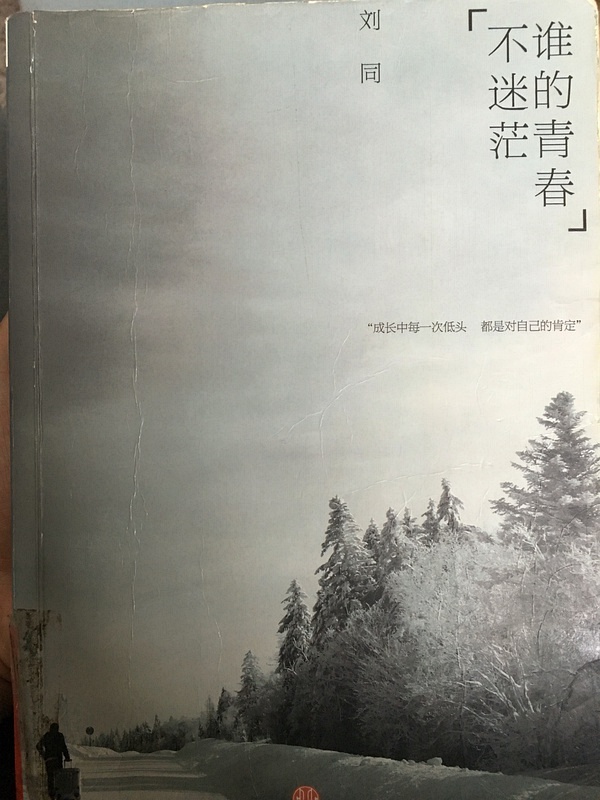
脉脉广川流，驱马历长洲。